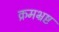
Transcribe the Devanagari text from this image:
क्रमभ्रष्ट